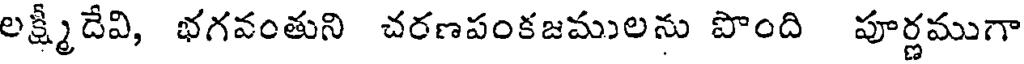
లక్ష్మీదేవి, భగవంతుని చరణపంకజములను పొంది పూర్ణముగా